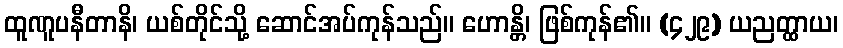
ထူဏူပနီတာနိ၊ ယစ်တိုင်သို့ ဆောင်အပ်ကုန်သည်။ ဟောန္တိ၊ ဖြစ်ကုန်၏။ (၄၂၉) ယညတ္ထာယ၊